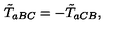
\tilde { T } _ { a B C } = - \tilde { T } _ { a C B } ,